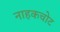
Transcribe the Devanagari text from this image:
नाहकचोट